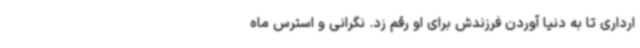
ارداری تا به دنیا آوردن فرزندش برای او رقم زد. نگرانی و استرس ماه